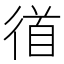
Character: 𭛼